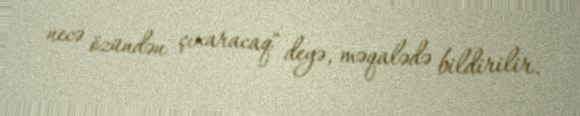
necə özündən çıxaracaq" deyə, məqalədə bildirilir.